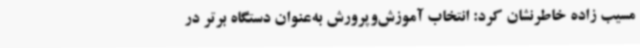
مسیب زاده خاطرنشان کرد: انتخاب آموزش‌وپرورش به‌عنوان دستگاه برتر در